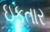
ઇફતાર